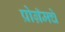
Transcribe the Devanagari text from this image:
प्रोग्रॅमचे